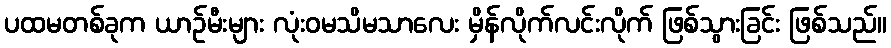
ပထမတစ်ခုက ယာဉ်မီးများ လုံးဝမသိမသာလေး မှိန်လိုက်လင်းလိုက် ဖြစ်သွားခြင်း ဖြစ်သည်။